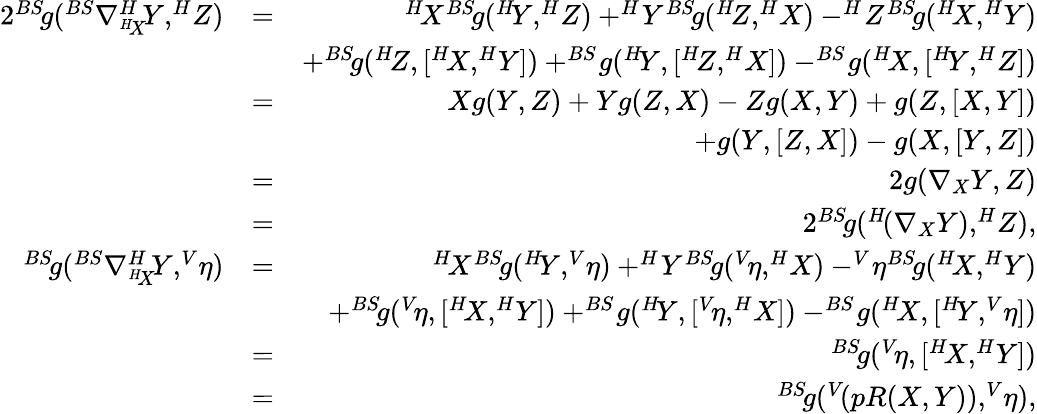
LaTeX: \begin{array}{rlr}{2^{BS}\! g(^{BS}\nabla_{^{H}\! X}^{H}\! Y,^{H}\! Z)}&{=}&{^{H}\! X^{BS}\! g(^{H}\! Y,^{H}\! Z)+^{H}\! Y^{BS}\! g(^{H}\! Z,^{H}\! X)-^{H}\! Z^{BS}\! g(^{H}\! X,^{H}\! Y)}\\ &{}&{+^{BS}\! g(^{H}\! Z,[^{H}\! X,^{H}\! Y])+^{BS}\! g(^{H}\! Y,[^{H}\! Z,^{H}\! X])-^{BS}\! g(^{H}\! X,[^{H}\! Y,^{H}\! Z])}\\ &{=}&{Xg(Y,Z)+Yg(Z,X)-Zg(X,Y)+g(Z,[X,Y])}\\ &{}&{+g(Y,[Z,X])-g(X,[Y,Z])}\\ &{=}&{2g(\nabla_{X}Y,Z)}\\ &{=}&{2^{BS}\! g(^{H}\! (\nabla_{X}Y),^{H}\! Z),}\\ {^{BS}\! g(^{BS}\nabla_{^{H}\! X}^{H}\! Y,^{V}\! \eta)}&{=}&{^{H}\! X^{BS}\! g(^{H}\! Y,^{V}\! \eta)+^{H}\! Y^{BS}\! g(^{V}\! \eta,^{H}\! X)-^{V}\! \eta^{BS}\! g(^{H}\! X,^{H}\! Y)}\\ &{}&{+^{BS}\! g(^{V}\! \eta,[^{H}\! X,^{H}\! Y])+^{BS}\! g(^{H}\! Y,[^{V}\! \eta,^{H}\! X])-^{BS}\! g(^{H}\! X,[^{H}\! Y,^{V}\! \eta])}\\ &{=}&{^{BS}\! g(^{V}\! \eta,[^{H}\! X,^{H}\! Y])}\\ &{=}&{^{BS}\! g(^{V}\! (pR(X,Y)),^{V}\! \eta),}\end{array}